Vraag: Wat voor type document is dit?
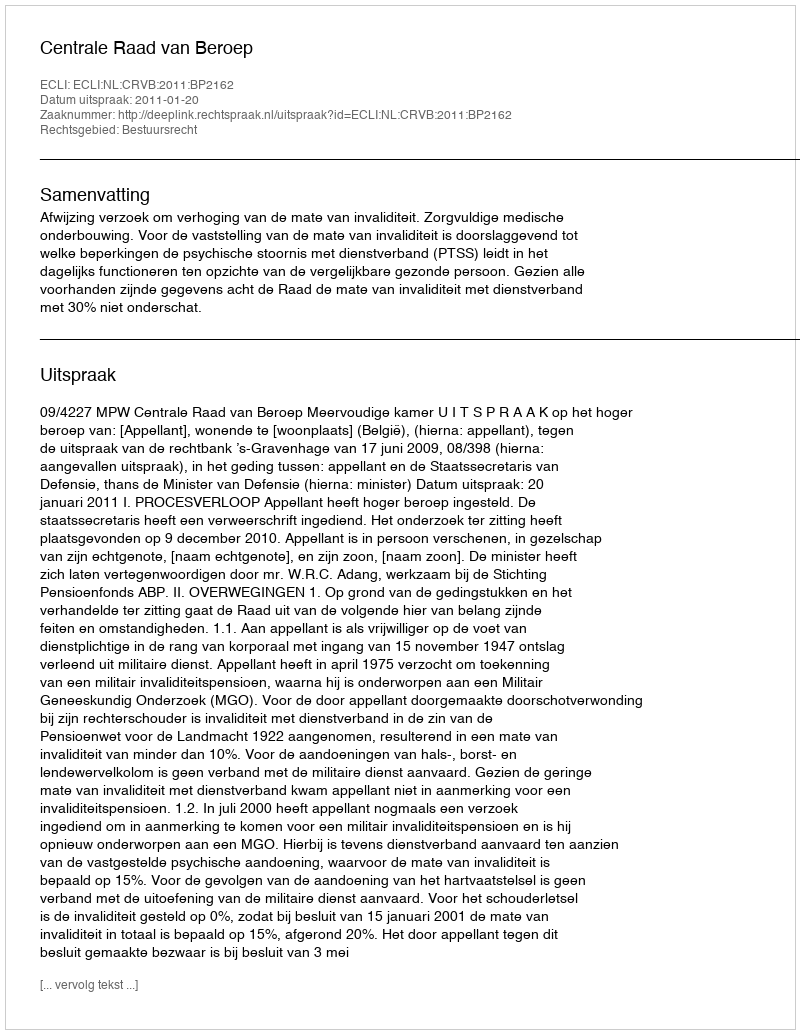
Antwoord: Uitspraak